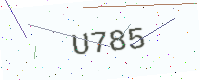
Text: U785